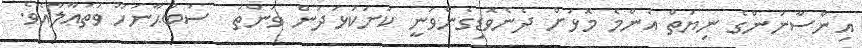
އިންސާނުންގެ ނިޔަތް އެންމެ މޮޅަށް ދެނެވޮޑިގެންވަނީ ކަށަކުޅަދުން ވަންތަ  ސުބުޙާނަހޫ ވަތަޢާލާއެވެ.